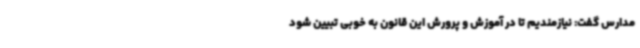
مدارس گفت: نیازمندیم تا در آموزش و پرورش این قانون به خوبی تبیین شود